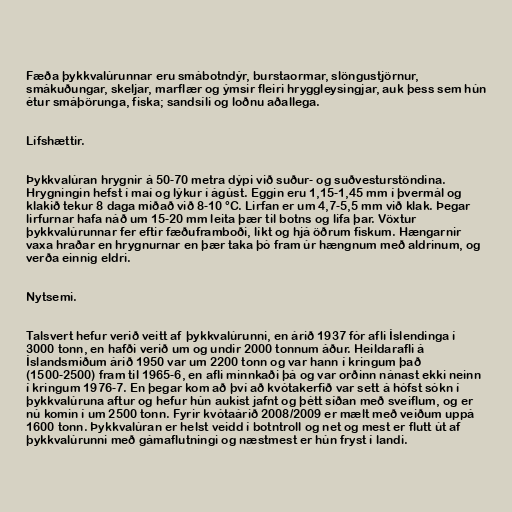
Fæða þykkvalúrunnar eru smábotndýr, burstaormar, slöngustjörnur,
smákuðungar, skeljar, marflær og ýmsir fleiri hryggleysingjar, auk þess sem hún
étur smáþörunga, fiska; sandsíli og loðnu aðallega.

Lífshættir.

Þykkvalúran hrygnir á 50-70 metra dýpi við suður- og suðvesturstöndina.
Hrygningin hefst í maí og lýkur í ágúst. Eggin eru 1,15-1,45 mm í þvermál og
klakið tekur 8 daga miðað við 8-10 °C. Lirfan er um 4,7-5,5 mm við klak. Þegar
lirfurnar hafa náð um 15-20 mm leita þær til botns og lifa þar. Vöxtur
þykkvalúrunnar fer eftir fæðuframboði, líkt og hjá öðrum fiskum. Hængarnir
vaxa hraðar en hrygnurnar en þær taka þó fram úr hængnum með aldrinum, og
verða einnig eldri.

Nytsemi.

Talsvert hefur verið veitt af þykkvalúrunni, en árið 1937 fór afli Íslendinga í
3000 tonn, en hafði verið um og undir 2000 tonnum áður. Heildarafli á
Íslandsmiðum árið 1950 var um 2200 tonn og var hann í kringum það
(1500-2500) fram til 1965-6, en afli minnkaði þá og var orðinn nánast ekki neinn
í kringum 1976-7. En þegar kom að því að kvótakerfið var sett á hófst sókn í
þykkvalúruna aftur og hefur hún aukist jafnt og þétt síðan með sveiflum, og er
nú komin í um 2500 tonn. Fyrir kvótaárið 2008/2009 er mælt með veiðum uppá
1600 tonn. Þykkvalúran er helst veidd í botntroll og net og mest er flutt út af
þykkvalúrunni með gámaflutningi og næstmest er hún fryst í landi.